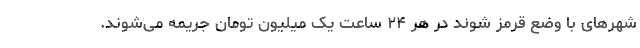
شهرهای با وضع قرمز شوند در هر ۲۴ ساعت یک میلیون تومان جریمه می‌شوند.